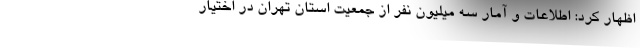
اظهار کرد: اطلاعات و آمار سه میلیون نفر از جمعیت استان تهران در اختیار